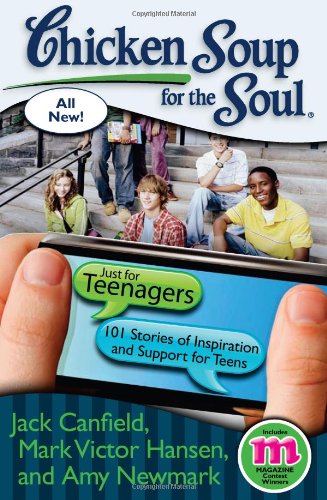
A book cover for Chicken Soup for the Soul: Just for Teenagers: 101 Stories of Inspiration and Support for Teens; Jack Canfield; Politics & Social Sciences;